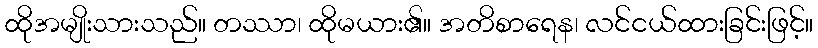
ထိုအမျိုးသားသည်။ တဿာ၊ ထိုမယား၏။ အတိစာရေန၊ လင်ငယ်ထားခြင်းဖြင့်။